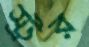
স্ট্রর